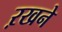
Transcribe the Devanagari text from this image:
ऱखने